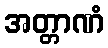
အတ္တာဏံ